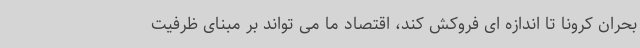
بحران کرونا تا اندازه ای فروکش کند، اقتصاد ما می تواند بر مبنای ظرفیت